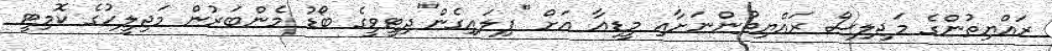
ރައްޔިތުންގެ މަޖިލިސް ރައްޔިތުންނަށާއި މީޑިއާ އަށް "ފިލައިގެން"ދިޓީވީގެ ބޯޑު މެންބަރުން މަޖިލީހުގެ ކޮމިޓީ